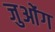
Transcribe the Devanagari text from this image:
जुओंग